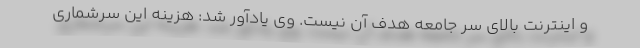
و اینترنت بالای سر جامعه هدف آن نیست. وی یادآور شد: هزینه این سرشماری